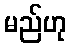
မည်ဟု